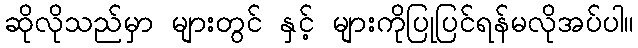
ဆိုလိုသည်မှာ များတွင် နှင့် များကိုပြုပြင်ရန်မလိုအပ်ပါ။